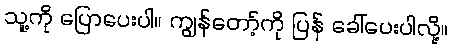
သူ့ကို ပြောပေးပါ။ ကျွန်တော့်ကို ပြန် ခေါ်ပေးပါလို့။